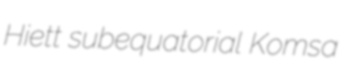
Hiett subequatorial Komsa